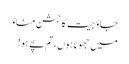
جاؤ جیت کا جشن مناؤ
میں جھوٹا ہوں ، تم سچے ہو!